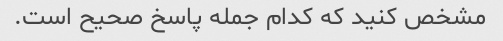
مشخص کنید که کدام جمله پاسخ صحیح است.